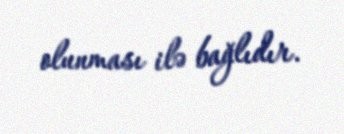
olunması ilə bağlıdır.